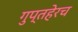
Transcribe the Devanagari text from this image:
गुप्तहेरच